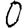
Digit: 0